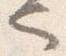
也